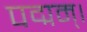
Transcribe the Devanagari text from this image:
पद्मम्।